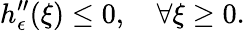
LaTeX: h_{\epsilon}^{\prime\prime}(\xi)\leq 0,\quad\forall\xi\geq 0.